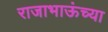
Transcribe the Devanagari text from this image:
राजाभाऊंच्या